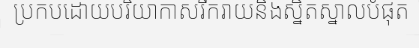
ប្រកបដោយបរិយាកាសរីករាយនិងស្និតស្នាលបំផុត